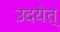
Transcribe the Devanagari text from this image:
उदयेत्‌